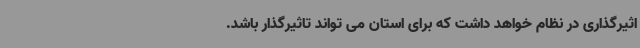
اثیرگذاری در نظام خواهد داشت که برای استان می تواند تاثیرگذار باشد.